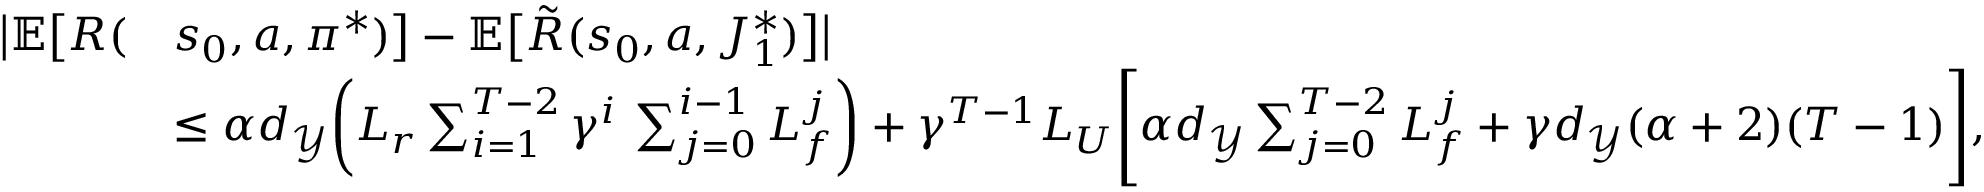
\begin{array} { r l } { \bigl | \mathbb { E } \bigl [ R ( } & { s _ { 0 } , a , \boldsymbol { \pi } ^ { * } ) \bigr ] - \mathbb { E } \bigl [ \tilde { R } ( s _ { 0 } , a , J _ { 1 } ^ { * } ) \bigr ] \bigr | } \\ & { \leq \alpha d _ { \mathcal { Y } } \biggl ( L _ { r } \sum _ { i = 1 } ^ { T - 2 } \gamma ^ { i } \, \sum _ { j = 0 } ^ { i - 1 } L _ { f } ^ { j } \biggr ) + \gamma ^ { T - 1 } L _ { U } \Biggl [ \alpha d _ { \mathcal { Y } } \sum _ { j = 0 } ^ { T - 2 } L _ { f } ^ { j } + \gamma d _ { \mathcal { Y } } ( \alpha + 2 ) ( T - 1 ) \Biggr ] , } \end{array}